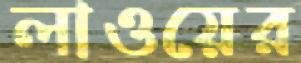
লাওয়ের